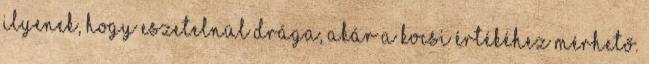
ilyenek, hogy eszetelnül drága, akár a kocsi értékéhez mérhető.